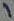
Text: 1